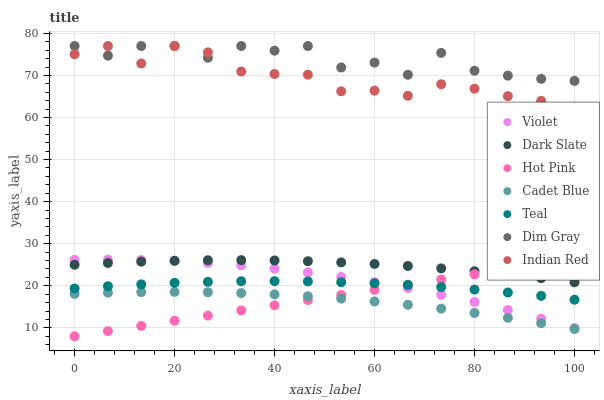
| xaxis_label | Violet | Dark Slate | Hot Pink | Cadet Blue | Teal | Dim Gray | Indian Red |
 | --- | --- | --- | --- | --- | --- | --- | --- |
 | 0 | 26.2 | 25 | 8 | 18.1 | 19.3 | 77 | 75 |
 | 6.67 | 26.2 | 25.4 | 9.23 | 18.4 | 19.9 | 74.7 | 77 |
 | 13.3 | 26.1 | 25.7 | 10.5 | 18.5 | 20.3 | 77 | 72.8 |
 | 20 | 25.9 | 26 | 11.7 | 18.5 | 20.7 | 77 | 77 |
 | 26.7 | 25.4 | 26.1 | 12.9 | 18.5 | 20.9 | 74.2 | 75.5 |
 | 33.3 | 24.8 | 26.1 | 14.1 | 18.3 | 21.1 | 77 | 70.9 |
 | 40 | 24.1 | 26 | 15.4 | 17.9 | 21.1 | 75.9 | 70.3 |
 | 46.7 | 23.2 | 25.8 | 16.6 | 17.5 | 21 | 77 | 70.2 |
 | 53.3 | 22.1 | 25.6 | 17.8 | 17 | 20.9 | 71.9 | 66.2 |
 | 60 | 20.9 | 25.2 | 19 | 16.3 | 20.6 | 73.1 | 66.4 |
 | 66.7 | 19.4 | 24.7 | 20.3 | 15.5 | 20.2 | 70.2 | 65.2 |
 | 73.3 | 17.9 | 24.1 | 21.5 | 14.6 | 19.7 | 75.4 | 67.9 |
 | 80 | 16.1 | 23.5 | 22.7 | 13.5 | 19.1 | 71.1 | 66.9 |
 | 86.7 | 14.2 | 22.7 | 24 | 12.4 | 18.4 | 70 | 65.1 |
 | 93.3 | 12.2 | 21.8 | 25.2 | 11.1 | 17.6 | 69.2 | 64 |
 | 100 | 9.96 | 20.8 | 26.4 | 9.73 | 16.7 | 68.7 | 62.5 |